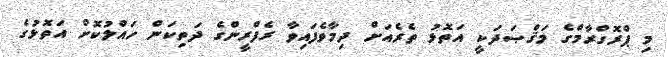
މި ޕްރޮގްރާމްގެ މަޤްޞަދަކީ އަތޮޅު ތެރެއަށް ދިމާވެފައިވާ ރެފްރީންގެ ދަތިކަން ހައްލުކޮށް އަތޮޅުގެ